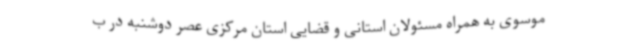
موسوی به همراه مسئولان استانی و قضایی استان مرکزی عصر دوشنبه در ب